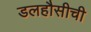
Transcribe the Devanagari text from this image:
डलहौसीची